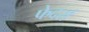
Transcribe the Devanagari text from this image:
फेदर्स